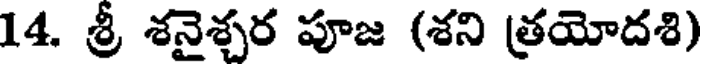
14. శ్రీ శనైశ్చర పూజ (శని త్రయోదశి)